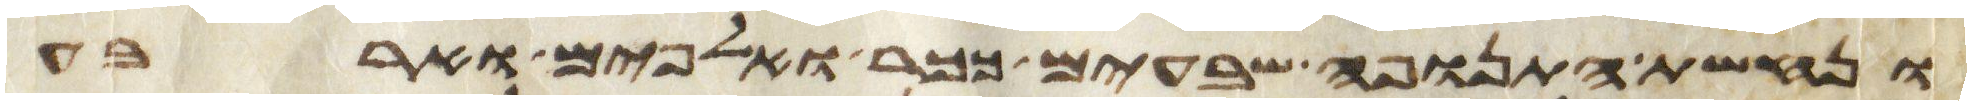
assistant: ונחשת התנופה שבעים ככר ואלפים וארבע